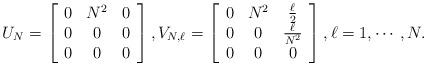
LaTeX: \begin{align*}U_{N}=\left[\begin{array}[c]{ccc}0 & N^{2} & 0\\0 & 0 & 0\\0 & 0 & 0\end{array}\right] ,V_{N,\ell}=\left[\begin{array}[c]{ccc}0 & N^{2} & \frac{\ell}{2}\\0 & 0 & \frac{\ell}{N^{2}}\\0 & 0 & 0\end{array}\right] ,\ell=1,\cdots,N.\end{align*}